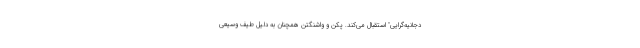
دجانیه‌گرایی" استقبال می‌کند. پکن و واشنگتن همچنان به دلیل طیف وسیعی